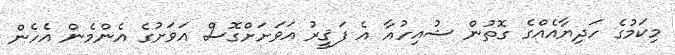
މިކަމުގެ ހަދިޔާއެއްގެ ގޮތުން ޝުއިހުއާ އެ ފަޤީރު އަވަށަށްގޮސް އަވަށުގެ އެންމެން އެހެން